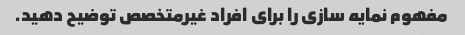
مفهوم نمایه سازی را برای افراد غیرمتخصص توضیح دهید.